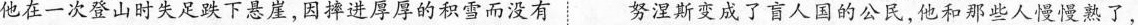
他在一次登山时失足跌下悬崖，因摔进厚厚的积雪而没有努涅斯变成了盲人国的公民，他和那些人慢慢熟了